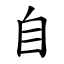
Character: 自